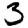
Digit: 3